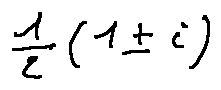
\frac { 1 } { 2 } ( 1 \pm i )